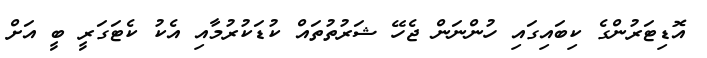
އޮޑިޓަރުންގެ ކިބައިގައި ހުންނަން ޖެހޭ ޝަރުތުތައް ކުޑަކުރުމާއި އެކު ކެޓަގަރީ ބީ އަށް